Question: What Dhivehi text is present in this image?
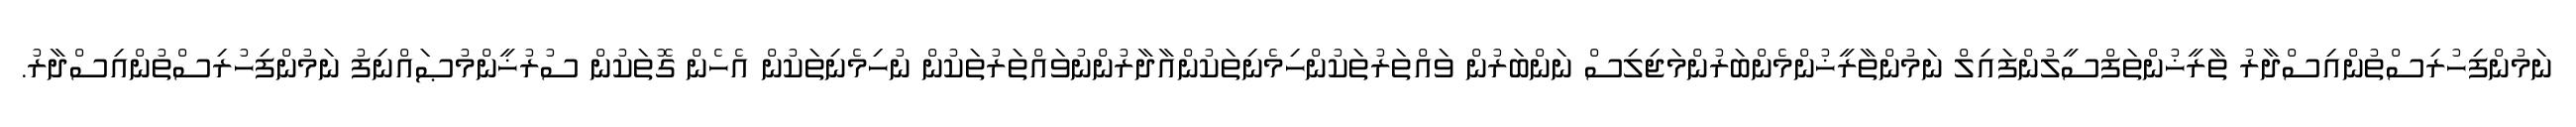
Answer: ނަމުންފިހުރިސްތުންއިސްދާރު ތާރީޚުންތަފްސީލުންފައިލް ނަމުންތާރީޚުންމެންބަރުންމަޖިލިސް ނަންބަރުން ވައްތަރުތަކުންހިމެނިތަކުންއާދާރުންނުވައްތަރުތަކުން ނުހިމެނިތަކުން އެހެން ގޮތަކުން ސުރުޚީންމުޞައްނިފު ނަމުންފިހުރިސްތުންއިސްދާރު.